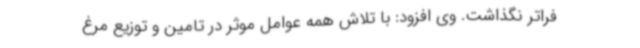
فراتر نگذاشت. وی افزود: با تلاش همه عوامل موثر در تامین و توزیع مرغ